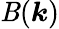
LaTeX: \mathit{B}(\boldsymbol{k})